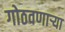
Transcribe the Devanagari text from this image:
गोठवणार्‍या